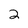
Character: 2